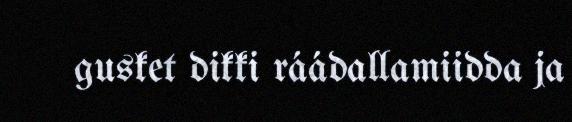
gusket dikki ráádallamiidda ja